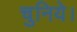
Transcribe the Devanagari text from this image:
चुनिये।